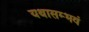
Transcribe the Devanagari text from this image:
यथासम्भवं